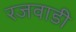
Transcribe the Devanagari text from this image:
रजवाडी